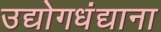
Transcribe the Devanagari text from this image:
उद्योगधंद्याना